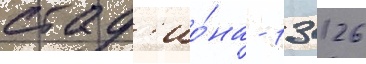
стад'ио́на - 13 126